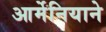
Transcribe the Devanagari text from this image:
आर्मेनियाने